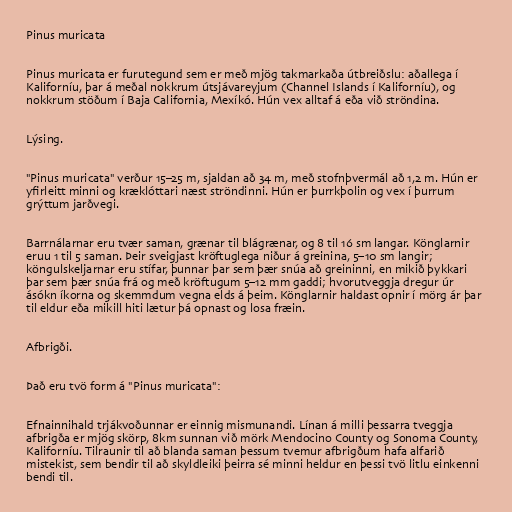
Pinus muricata

Pinus muricata er furutegund sem er með mjög takmarkaða útbreiðslu: aðallega í
Kaliforníu, þar á meðal nokkrum útsjávareyjum (Channel Islands í Kaliforníu), og
nokkrum stöðum í Baja California, Mexíkó. Hún vex alltaf á eða við ströndina.

Lýsing.

"Pinus muricata" verður 15–25 m, sjaldan að 34 m, með stofnþvermál að 1,2 m. Hún er
yfirleitt minni og kræklóttari næst ströndinni. Hún er þurrkþolin og vex í þurrum
grýttum jarðvegi.

Barrnálarnar eru tvær saman, grænar til blágrænar, og 8 til 16 sm langar. Könglarnir
eruu 1 til 5 saman. Þeir sveigjast kröftuglega niður á greinina, 5–10 sm langir;
köngulskeljarnar eru stífar, þunnar þar sem þær snúa að greininni, en mikið þykkari
þar sem þær snúa frá og með kröftugum 5–12 mm gaddi; hvorutveggja dregur úr
ásókn íkorna og skemmdum vegna elds á þeim. Könglarnir haldast opnir í mörg ár þar
til eldur eða mikill hiti lætur þá opnast og losa fræin.

Afbrigði.

Það eru tvö form á "Pinus muricata":

Efnainnihald trjákvoðunnar er einnig mismunandi. Línan á milli þessarra tveggja
afbrigða er mjög skörp, 8km sunnan við mörk Mendocino County og Sonoma County,
Kaliforníu. Tilraunir til að blanda saman þessum tvemur afbrigðum hafa alfarið
mistekist, sem bendir til að skyldleiki þeirra sé minni heldur en þessi tvö litlu einkenni
bendi til.